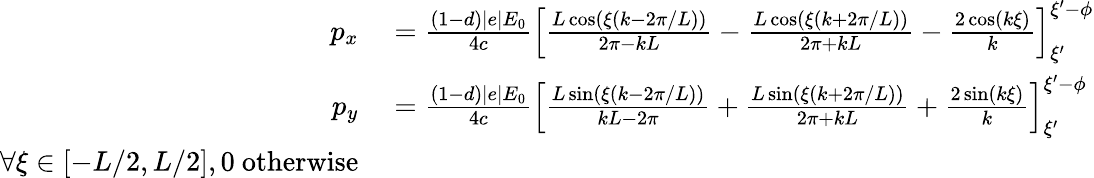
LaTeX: \begin{array}{rl}{p_{x}}&{{}=\frac{(1-d)|e|E_{0}}{4c}\left[\frac{L\cos(\xi(k-2\pi/L))}{2\pi-kL}-\frac{L\cos(\xi(k+2\pi/L))}{2\pi+kL}-\frac{2\cos(k\xi)}{k}\right]_{\xi^{\prime}}^{\xi^{\prime}-\phi}}\\ {p_{y}}&{{}=\frac{(1-d)|e|E_{0}}{4c}\left[\frac{L\sin(\xi(k-2\pi/L))}{kL-2\pi}+\frac{L\sin(\xi(k+2\pi/L))}{2\pi+kL}+\frac{2\sin(k\xi)}{k}\right]_{\xi^{\prime}}^{\xi^{\prime}-\phi}}\\ {\forall\xi\in[-L/2,L/2],0\ \mathrm{otherwise}}\end{array}